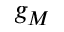
g _ { M }